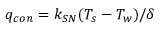
q _ { c o n } = k _ { S N } ( T _ { s } - T _ { w } ) / \delta